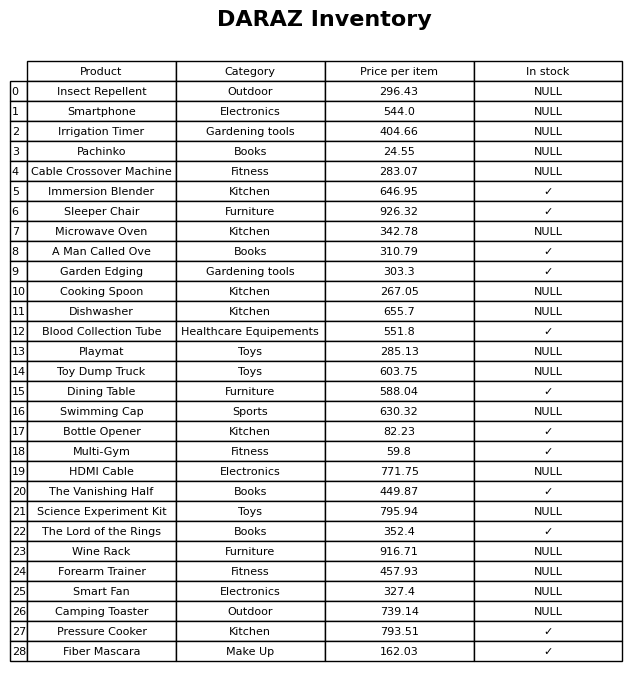
question: Which products are available in stock?
answer: Immersion Blender, Sleeper Chair, A Man Called Ove, Garden Edging, Blood Collection Tube, Dining Table, Bottle Opener, Multi-Gym, The Vanishing Half, The Lord of the Rings, Pressure Cooker, Fiber Mascara